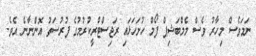
ނަމަވެސް މިހާރު ވެސް މެމްބަޝިޕް ފޯމް ހުށަހަޅައި ރަޖިސްޓްރީކުރުމުގެ ފުރުސަތު އޮންނާނެ އެވެ.